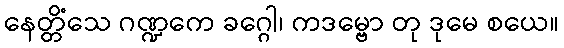
နေတ္တိံသေ ဂဏ္ဍကေ ခဂ္ဂေါ၊ ကဒမ္ဗော တု ဒုမေ စယေ။